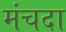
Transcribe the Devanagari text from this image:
मंचदा